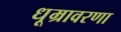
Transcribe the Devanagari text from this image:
धूम्रावरणा